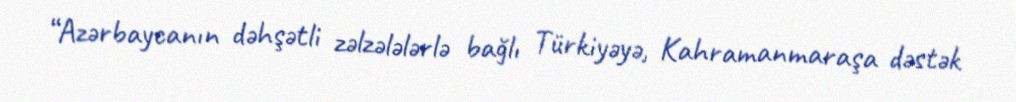
“Azərbaycanın dəhşətli zəlzələlərlə bağlı Türkiyəyə, Kahramanmaraşa dəstək